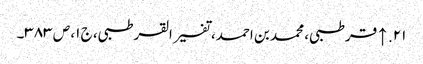
۲۱. ↑ قرطبی، محمد بن احمد، تفسیر القرطبی، ج ۱، ص ۳۸۳۔